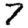
Digit: 7